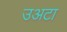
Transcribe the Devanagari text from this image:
उअटा